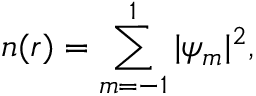
n ( r ) = \sum _ { m = - 1 } ^ { 1 } | \psi _ { m } | ^ { 2 } ,